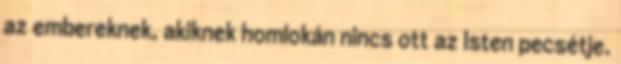
az embereknek, akiknek homlokán nincs ott az Isten pecsétje.